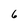
Character: 6